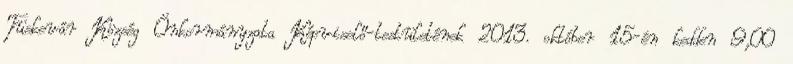
Tüskevár Község Önkormányzata Képviselő-testületének 2013. október 15-én kedden 9,00